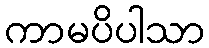
ကာမပိပါသာ